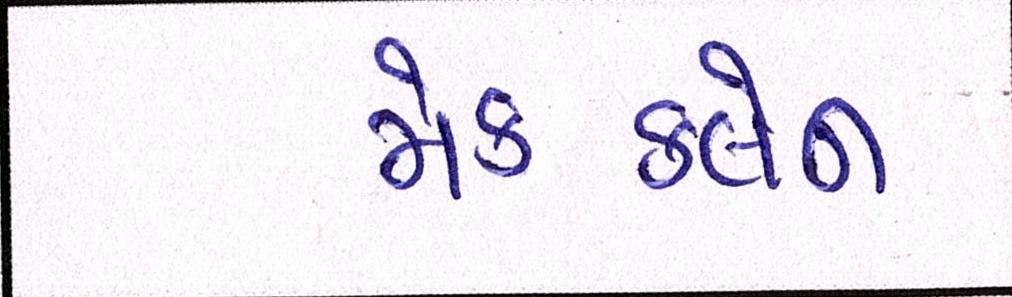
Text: મેકક્લેન